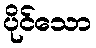
ပိုင်သော